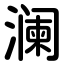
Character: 澜